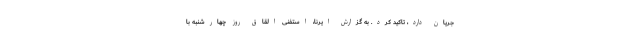
جریان دارد، تاکید کرد. به گزارش ایرنا، استفنی القاق روز چهارشنبه با